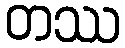
တဿ